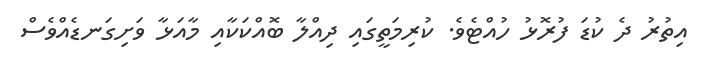
އިތުރު ދެ ކުޑަ ފުރޮޅު ހުއްޓެވެ. ކުރިމަތީގައި ދިއްލާ ބޮއްކަކާއި މާއަޅާ ވަށިގަނޑެއްވެސް